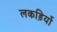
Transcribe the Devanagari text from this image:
लकड़िर्यो